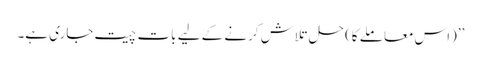
’’(اس معاملے کا) حل تلاش کرنے کے لیے بات چیت جاری ہے۔